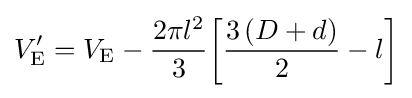
V'_{\mathrm {E} }=V_{\mathrm {E} }-{\frac {2\pi l^{2}}{3}}{\bigg [}{\frac {3\left(D+d\right)}{2}}-l{\bigg ]}